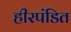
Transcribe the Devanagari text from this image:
हीरपंडित